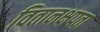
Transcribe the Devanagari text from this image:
वितानक्षपता